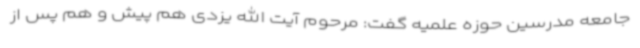
جامعه مدرسین حوزه علمیه گفت: مرحوم آیت الله یزدی هم پیش و هم پس از